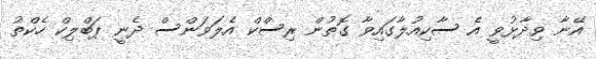
އޭނާ ވިދާޅުވީ އެ ސާކިއުލާގައިވާ ގޮތުން ރިސްކް އެލަވަންސް ދެނީ ޕަބްލިކް ހެކްތު